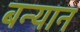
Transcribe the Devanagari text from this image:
बन्यान